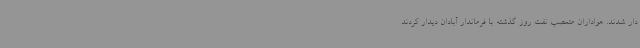
دار شدند. هواداران متعصب نفت روز گذشته با فرماندار آبادان دیدار کردند